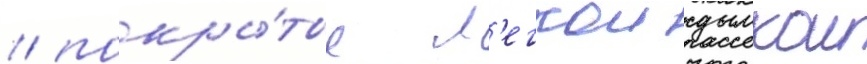
/ покры́тые л'егкои дымкои